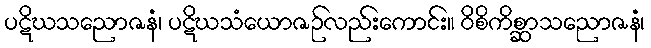
ပဋိဃသညောဇနံ၊ ပဋိဃသံယောဇဉ်လည်းကောင်း။ ဝိစိကိစ္ဆာသညောဇနံ၊